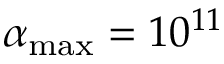
\alpha _ { \mathrm { m a x } } = 1 0 ^ { 1 1 }